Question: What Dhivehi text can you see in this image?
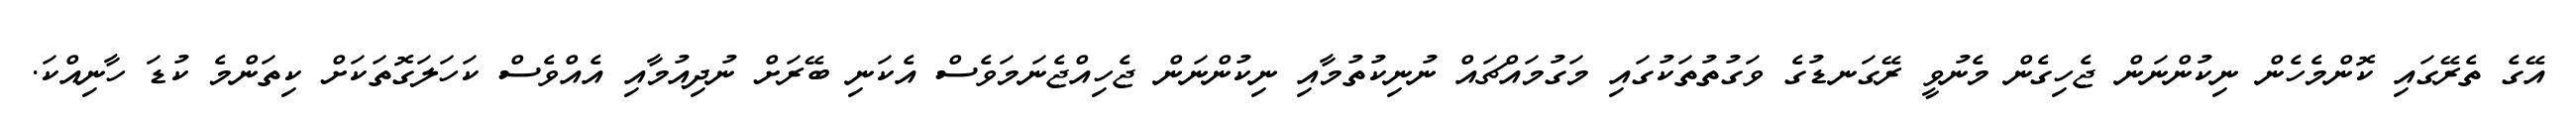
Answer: އޭގެ ތެރޭގައި ކޮންމެހެން ނިކުންނަން ޖެހިގެން މެނުވީ ރޭގަނޑުގެ ވަގުތުތަކުގައި މަގުމައްޗައް ނުނިކުތުމާއި ނިކުންނަން ޖެހިއްޖެނަމަވެސް އެކަނި ބޭރަށް ނުދިއުމާއި އެއްވެސް ކަހަލަގޮތަކަށް ކިތަންމެ ކުޑަ ހާނިއްކަ.